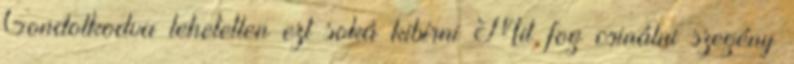
Gondolkodva lehetetlen ezt soká kibírni Mit fog csinálni szegény